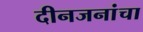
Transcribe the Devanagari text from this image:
दीनजनांचा